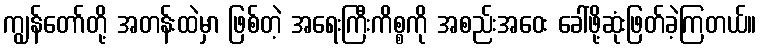
ကျွန်တော်တို့ အတန်းထဲမှာ ဖြစ်တဲ့ အရေးကြီးကိစ္စကို အစည်းအဝေး ခေါ်ဖို့ဆုံးဖြတ်ခဲ့ကြတယ်။